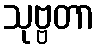
သုဗ္ဗတာ